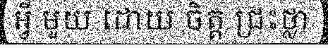
អ្វី មួយ ដោយ ចិត្ត ជ្រះថ្លា